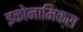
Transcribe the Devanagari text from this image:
इकोनामिक्स